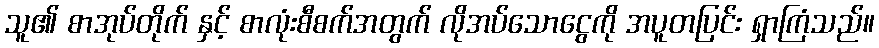
သူ၏ စာအုပ်တိုက် နှင့် စာလုံးစီစက်အတွက် လိုအပ်သောငွေကို အပူတပြင်း ရှာကြံသည်။